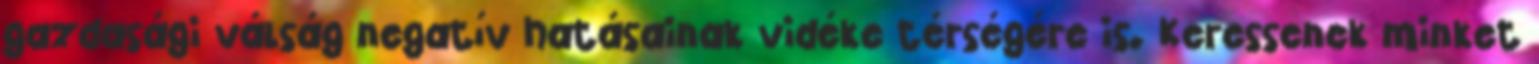
gazdasági válság negatív hatásainak vidéke térségére is. Keressenek minket